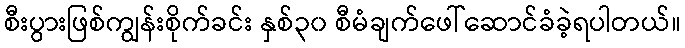
စီးပွားဖြစ်ကျွန်းစိုက်ခင်း နှစ်၃၀ စီမံချက်ဖေါ်ဆောင်ခံခဲ့ရပါတယ်။